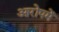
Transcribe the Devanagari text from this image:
आरोपमें